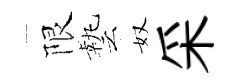
限藝奴采